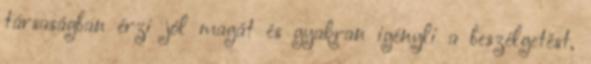
társaságban érzi jól magát és gyakran igényli a beszélgetést,